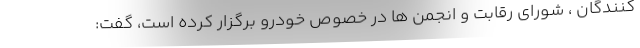
کنندگان ، شورای رقابت و انجمن ها در خصوص خودرو برگزار کرده است، گفت: